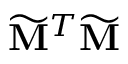
\widetilde { \mathbf { M } } ^ { T } \widetilde { \mathbf { M } }